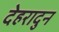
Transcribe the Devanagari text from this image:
देहरादुन